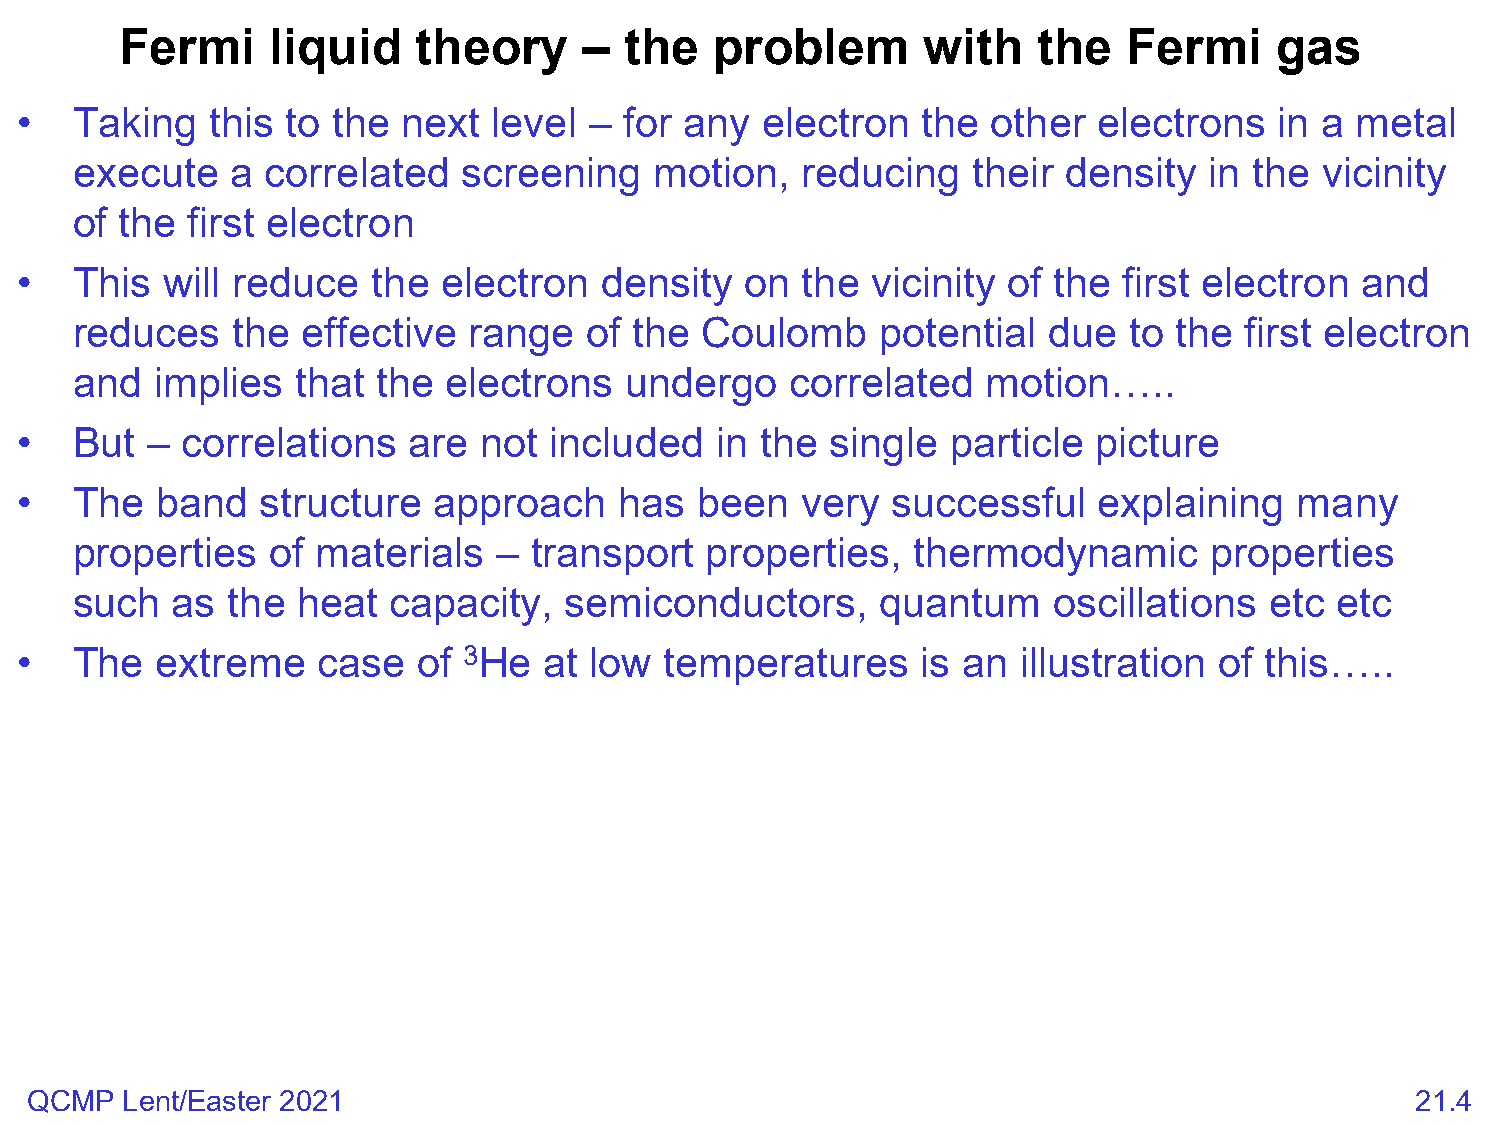
Fermi     liquid    theory     – the   problem       with    the   Fermi    gas
 •   Taking   this to the  next  level – for any  electron   the  other  electrons   in a metal
 execute   a  correlated   screening   motion,   reducing   their  density  in the  vicinity
 of the first electron
 •   This  will reduce   the electron   density  on  the  vicinity of the first electron  and
 reduces   the  effective  range   of the Coulomb     potential  due   to the first electron
 and  implies   that the electrons   undergo    correlated   motion…..
 •   But  – correlations   are  not included   in the  single  particle  picture
 •   The  band   structure   approach    has  been   very  successful    explaining   many
 properties   of materials   – transport   properties,   thermodynamic      properties
 such  as  the  heat  capacity,  semiconductors,      quantum     oscillations  etc etc
 •   The  extreme    case   of 3He  at low  temperatures     is an  illustration of this…..
 QCMP  Lent/Easter 2021                                                                      21.4